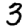
Digit: 3